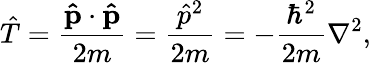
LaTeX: {\hat{T}}={\frac{\mathbf{\hat{p}}\cdot\mathbf{\hat{p}}}{2m}}={\frac{{\hat{p}}^{2}}{2m}}=-{\frac{\hbar^{2}}{2m}}\nabla^{2},